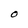
Character: O